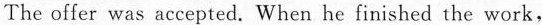
The offer was accepted. When he finished the work,